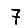
Digit: 7